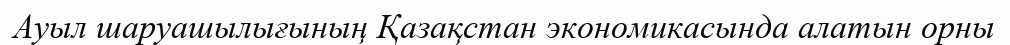
Ауыл шаруашылығының Қазақстан экономикасында алатын орны